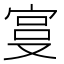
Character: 𫳓